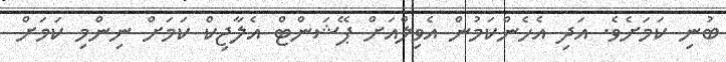
ބުނި ކަމަށެވެ. އަދި އެހެންކަމުން އެވިލްއަށް ޕޭޝަންޓް އެލާޖިކް ކަމަށް ނިންމި ކަމަށް